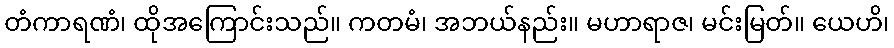
တံကာရဏံ၊ ထိုအကြောင်းသည်။ ကတမံ၊ အဘယ်နည်း။ မဟာရာဇ၊ မင်းမြတ်။ ယေဟိ၊